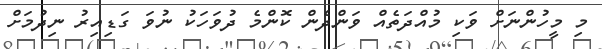
މި މީހުންނަށް ވަކި މުއްދަތެއް ވަންދެން ކޮންމެ ދުވަހަކު ނުވަ ގަޑިއިރު ނިދުމަށް